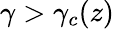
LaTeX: \gamma>\gamma_{c}(z)